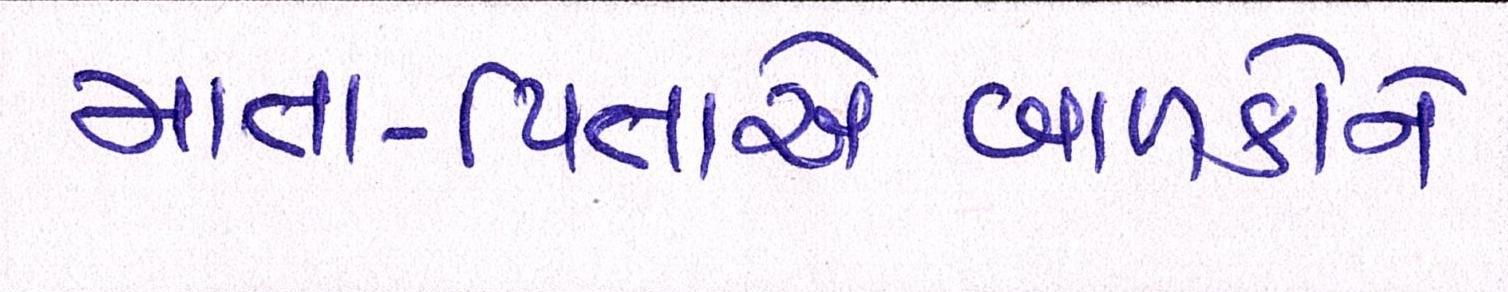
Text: માતા-પિતાએબાળકોને